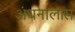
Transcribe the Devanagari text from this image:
अंधनालास